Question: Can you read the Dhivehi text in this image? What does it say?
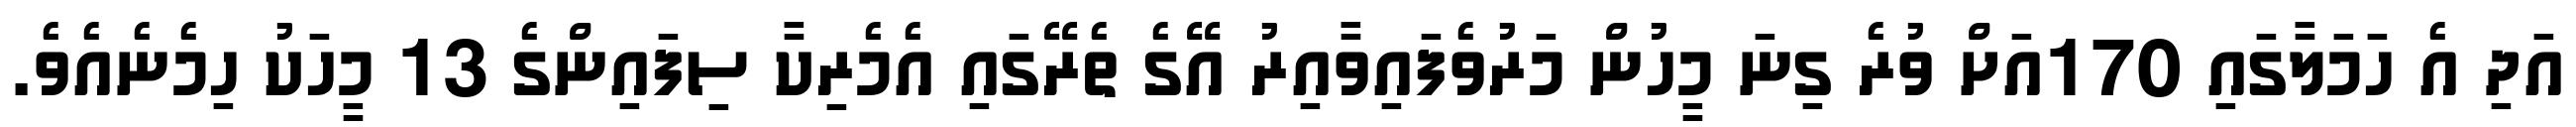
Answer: އަދި އެ ހަމަލާގައި 170އަށް ވުރެ ގިނަ މީހުން މަރުވެފައިވާއިރު އޭގެ ތެރޭގައި އެމެރިކާ ސިފައިންގެ 13 މީހަކު ހިމެނެއެވެ.